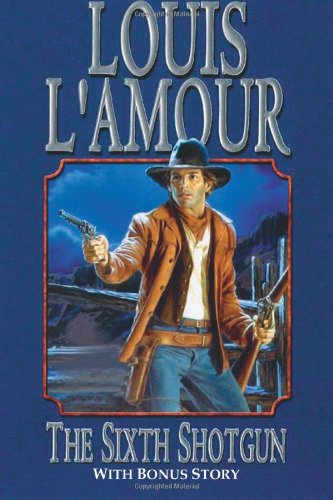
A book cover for The Sixth Shotgun; Louis L'Amour; Literature & Fiction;